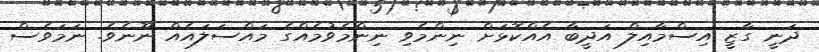
ދަނީ ގާޒީ އިސްމާއިލް އަދީބާ އެއްކޮޅަށް ނިންމެވި ނިންމެވުމެއްގެ މައްސަލައެއް ނޫނެވެ. ނަމަވެސް